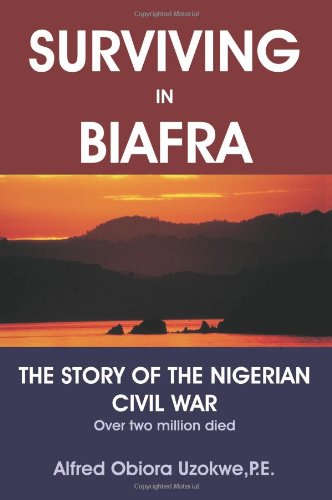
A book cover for Surviving in Biafra: The Story of the Nigerian Civil War; Alfred Uzokwe; History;